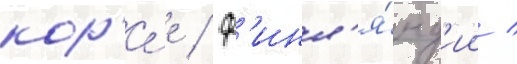
кор'е́е / ф'инл'я́нд'ии /